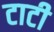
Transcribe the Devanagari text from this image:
टाटी